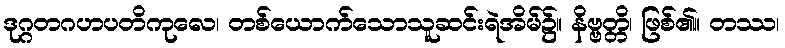
ဒုဂ္ဂတဂဟပတိကုလေ၊ တစ်ယောက်သောသူဆင်းရဲအိမ်၌။ နိဗ္ဗတ္တိ၊ ဖြစ်၏။ တဿ၊